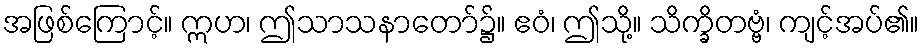
အဖြစ်ကြောင့်။ ဣဟ၊ ဤသာသနာတော်၌။ ဧဝံ၊ ဤသို့။ သိက္ခိတဗ္ဗံ၊ ကျင့်အပ်၏။